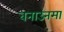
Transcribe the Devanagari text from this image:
बनाउनमा